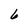
Character: 6